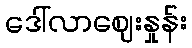
ဒေါ်လာဈေးနှုန်း